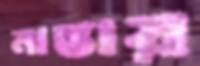
মান্তায়